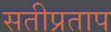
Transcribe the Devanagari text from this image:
सतीप्रताप